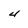
Character: 4